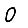
Digit: 0